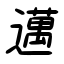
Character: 邁